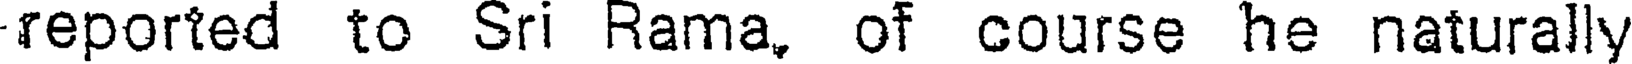
reported to Sri Rama, of course he naturally